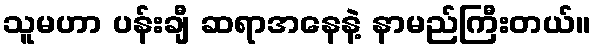
သူမဟာ ပန်းချီ ဆရာအနေနဲ့ နာမည်ကြီးတယ်။